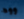
ووه